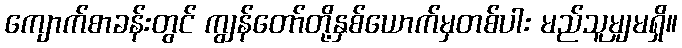
ကျောက်စာခန်းတွင် ကျွန်တော်တို့နှစ်ယောက်မှတစ်ပါး မည်သူမျှမရှိ။